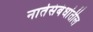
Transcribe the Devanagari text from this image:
नातेसंबंधांतील